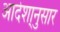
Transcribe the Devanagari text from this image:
आदेशा्नुसार